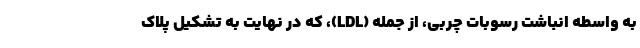
به واسطه انباشت رسوبات چربی، از جمله (LDL)، که در نهایت به تشکیل پلاک